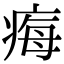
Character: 痗